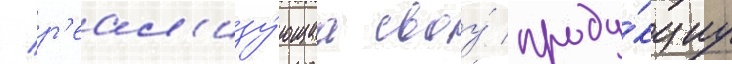
/ р'еал'изу́ющаа своу́ проду́кциу